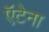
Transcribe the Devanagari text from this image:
ऍंटेना